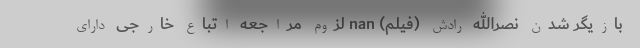
بازیگر شدن نصرالله رادش (فیلم) nan لزوم مراجعه اتباع خارجی دارای